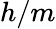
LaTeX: h/m